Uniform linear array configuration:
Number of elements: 48
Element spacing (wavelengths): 1
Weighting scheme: hamming
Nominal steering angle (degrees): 30
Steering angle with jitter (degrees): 31.582
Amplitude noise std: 0.05
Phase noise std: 0.05

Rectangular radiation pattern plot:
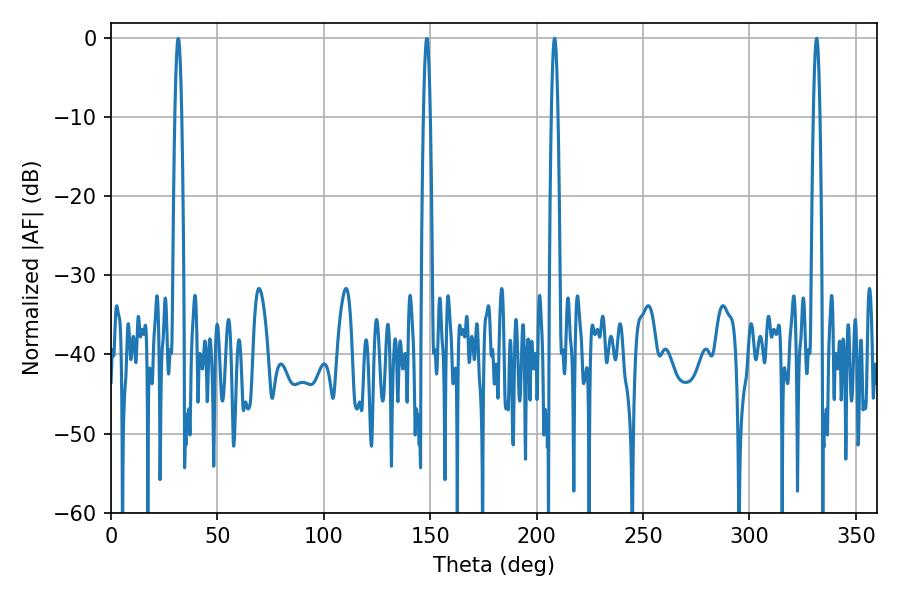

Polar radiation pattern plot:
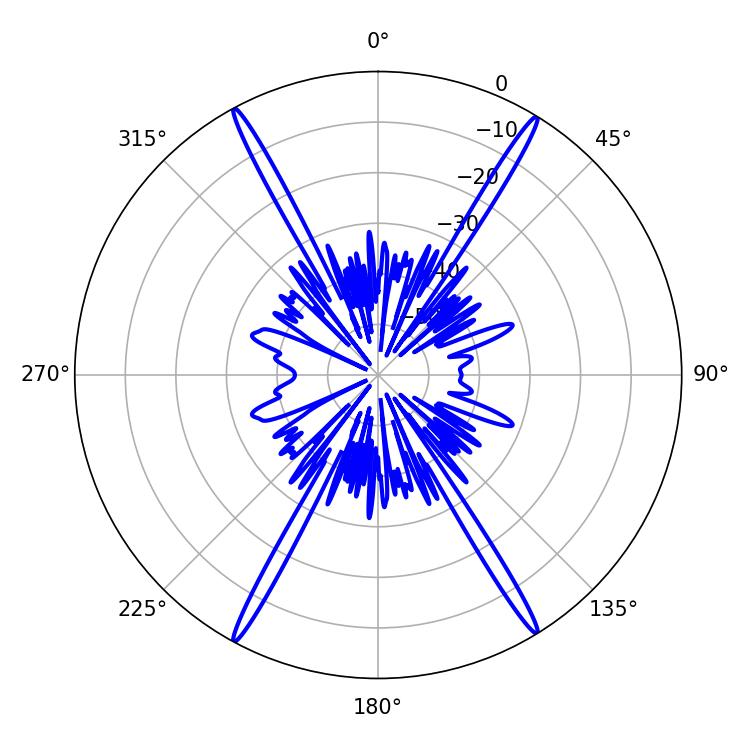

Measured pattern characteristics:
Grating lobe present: TRUE
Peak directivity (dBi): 26.748
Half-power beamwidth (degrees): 1.8
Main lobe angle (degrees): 208.44